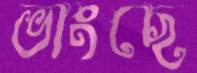
ভাংছে